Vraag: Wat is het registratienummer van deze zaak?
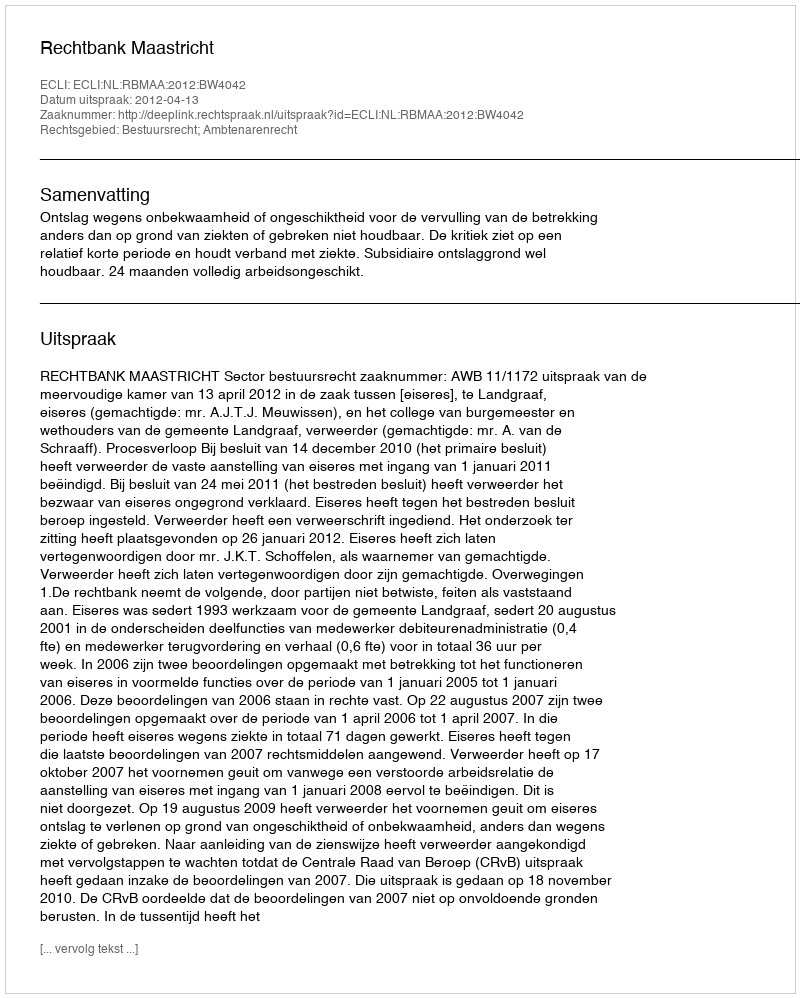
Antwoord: http://deeplink.rechtspraak.nl/uitspraak?id=ECLI:NL:RBMAA:2012:BW4042